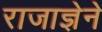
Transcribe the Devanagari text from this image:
राजाज्ञेने